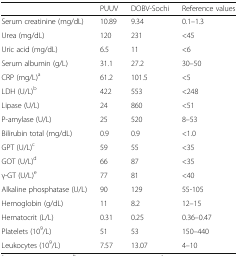
<table><thead><tr><td></td><td><b>PUUV</b></td><td><b>DOBV-Sochi</b></td><td><b>Reference values</b></td></tr></thead><tbody><tr><td>Serum creatinine (mg/dL)</td><td>10.89</td><td>9.34</td><td>0.1–1.3</td></tr><tr><td>Urea (mg/dL)</td><td>120</td><td>231</td><td>&lt;45</td></tr><tr><td>Uric acid (mg/dL)</td><td>6.5</td><td>11</td><td>&lt;6</td></tr><tr><td>Serum albumin (g/L)</td><td>31.1</td><td>27.2</td><td>30–50</td></tr><tr><td>CRP (mg/L)<sup>a</sup></td><td>61.2</td><td>101.5</td><td>&lt;5</td></tr><tr><td>LDH (U/L)<sup>b</sup></td><td>422</td><td>553</td><td>&lt;248</td></tr><tr><td>Lipase (U/L)</td><td>24</td><td>860</td><td>&lt;51</td></tr><tr><td>P-amylase (U/L)</td><td>25</td><td>520</td><td>8–53</td></tr><tr><td>Bilirubin total (mg/dL)</td><td>0.9</td><td>0.9</td><td>&lt;1.0</td></tr><tr><td>GPT (U/L)<sup>c</sup></td><td>59</td><td>55</td><td>&lt;35</td></tr><tr><td>GOT (U/L)<sup>d</sup></td><td>66</td><td>87</td><td>&lt;35</td></tr><tr><td>γ-GT (U/L)<sup>e</sup></td><td>77</td><td>81</td><td>&lt;40</td></tr><tr><td>Alkaline phosphatase (U/L)</td><td>90</td><td>129</td><td>55-105</td></tr><tr><td>Hemoglobin (g/dL)</td><td>11</td><td>8.2</td><td>12–15</td></tr><tr><td>Hematocrit (L/L)</td><td>0.31</td><td>0.25</td><td>0.36–0.47</td></tr><tr><td>Platelets (10<sup>9</sup>/L)</td><td>51</td><td>53</td><td>150–440</td></tr><tr><td>Leukocytes (10<sup>9</sup>/L)</td><td>7.57</td><td>13.07</td><td>4–10</td></tr></tbody></table>